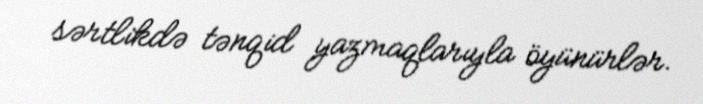
sərtlikdə tənqid yazmaqlarıyla öyünürlər.